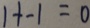
1 + - 1 = 0